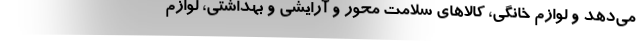
می‌دهد و لوازم خانگی، کالاهای سلامت محور و آرایشی و بهداشتی، لوازم